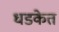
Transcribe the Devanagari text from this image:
धडकेत